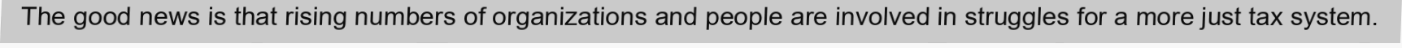
The good news is that rising numbers of organizations and people are involved in struggles for a more just tax system.